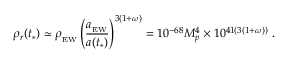
\rho _ { r } ( t _ { * } ) \simeq \rho _ { _ \mathrm { E W } } \left( { \frac { a _ { _ \mathrm { E W } } } { a ( t _ { * } ) } } \right) ^ { 3 ( 1 + \omega ) } = 1 0 ^ { - 6 8 } M _ { p } ^ { 4 } \times 1 0 ^ { 4 1 ( 3 ( 1 + \omega ) ) } \ .